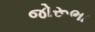
જોરૂભા